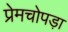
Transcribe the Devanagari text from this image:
प्रेमचोपड़ा